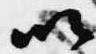
以